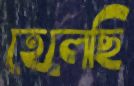
হেলেছি